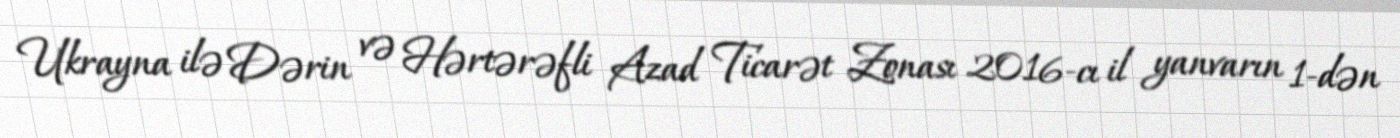
Ukrayna ilə Dərin və Hərtərəfli Azad Ticarət Zonası 2016-cı il yanvarın 1-dən